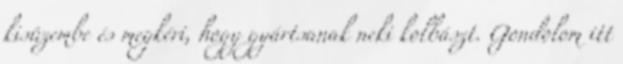
kisüzembe és megkéri, hogy gyártsanak neki kolbászt. Gondolom itt